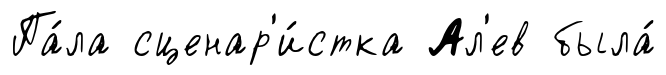
Па́ла сценар'и́стка Ал'ев была́